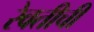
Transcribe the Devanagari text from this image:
रेवतीची